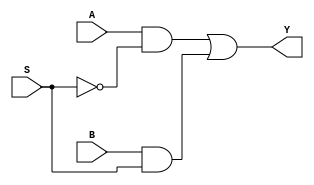
`timescale 1ns / 1ps
//////////////////////////////////////////////////////////////////////////////////
// Company: 
// Engineer: 
// 
// Design Name: 
// Module Name:    MUX21_B 
// Project Name: 
// Target Devices: 
// Tool versions: 
// Description: 
//
// Dependencies: 
//
// Revision: 
// Revision 0.01 - File Created
// Additional Comments: 
//
//////////////////////////////////////////////////////////////////////////////////
module MUX21_B(
    input A,
    input B,
    input S,
    output  reg Y
    );
always@(A,B,S)
begin
 Y=A&(~S)|B&S;
end

endmodule